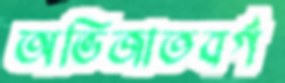
অভিজাতবর্গ